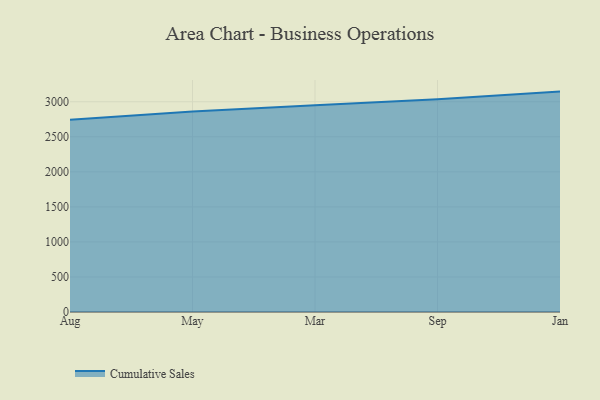
{"axis": {"x": "Month", "y": "Waste Production (Tons)"}, "legend": ["Cumulative Sales"], "data": [{"x": "Aug", "y": 2744.0, "type": "Cumulative Sales"}, {"x": "May", "y": 2859.2, "type": "Cumulative Sales"}, {"x": "Mar", "y": 2948.8, "type": "Cumulative Sales"}, {"x": "Sep", "y": 3037.1, "type": "Cumulative Sales"}, {"x": "Jan", "y": 3144.7, "type": "Cumulative Sales"}]}